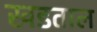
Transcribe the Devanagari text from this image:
खडताल